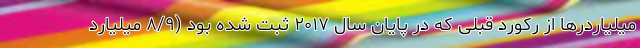
میلیاردرها از رکورد قبلی که در پایان سال ۲۰۱۷ ثبت شده بود (۸/۹ میلیارد